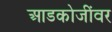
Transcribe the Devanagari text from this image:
आडकोजींवर